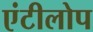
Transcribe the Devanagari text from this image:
एंटीलोप